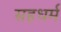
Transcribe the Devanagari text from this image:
सहधर्म